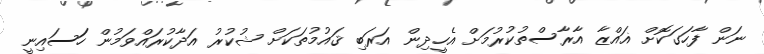
ނަން ފާހަގަކޮށް ޣައްޒާ އާރާސްތުކުރުމަށް އެހީދިން އަރަބި ޤައުމުތަކަށް ޝުކުރު އަދާކުރައްވަމުން ހަަސައިނީ